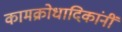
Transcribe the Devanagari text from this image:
कामक्रोधादिकांनीं